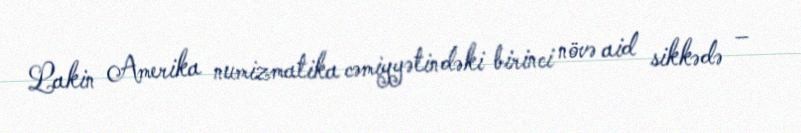
Lakin Amerika numizmatika cəmiyyətindəki birinci növə aid sikkədə –